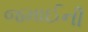
જમાઈની